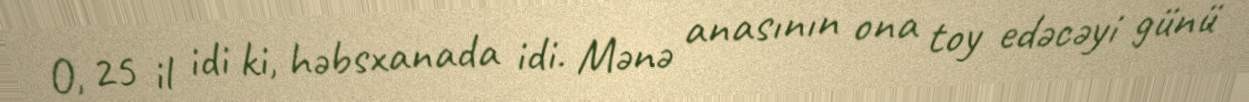
O, 25 il idi ki, həbsxanada idi. Mənə anasının ona toy edəcəyi günü